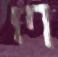
ল